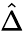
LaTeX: \hat{\Delta}